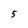
Character: 5